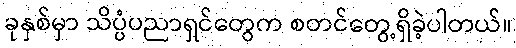
ခုနှစ်မှာ သိပ္ပံပညာရှင်တွေက စတင်တွေ့ရှိခဲ့ပါတယ်။